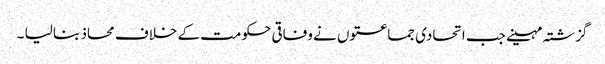
گزشتہ مہینے جب اتحادی جماعتوں نے وفاقی حکومت کے خلاف محاذ بنا لیا ۔